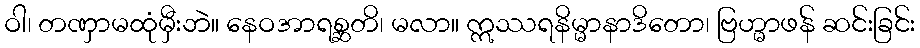
ဝါ၊ တဏှာမထုံမှီးဘဲ။ နေဝအာရစ္ဆတိ၊ မလာ။ ဣဿရနိမ္မာနာဒိတော၊ ဗြဟ္မာဖန် ဆင်းခြင်း